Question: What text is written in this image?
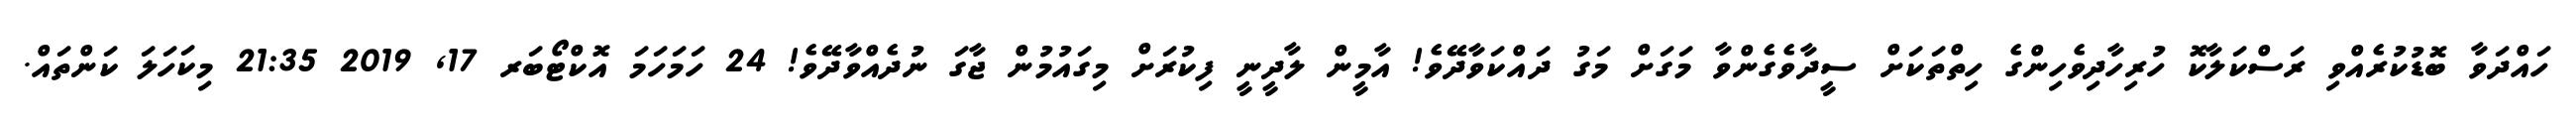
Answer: ހައްދަވާ ބޮޑުކުރެއްވި ރަސްކަލާކޮ ހުރިހާދިވެހިންގެ ހިތްތަކަށް ސީދާވެގެންވާ މަގަށް މަގު ދައްކަވާދޭވެ! އާމީން ލާދީނީ ފިކުރަށް މިގައުމުން ޖާގަ ނުދެއްވާދޭވެ! 24 ހަމަހަމަ އޮކްޓޯބަރ 17, 2019 21:35 މިކަހަލަ ކަންތައް.